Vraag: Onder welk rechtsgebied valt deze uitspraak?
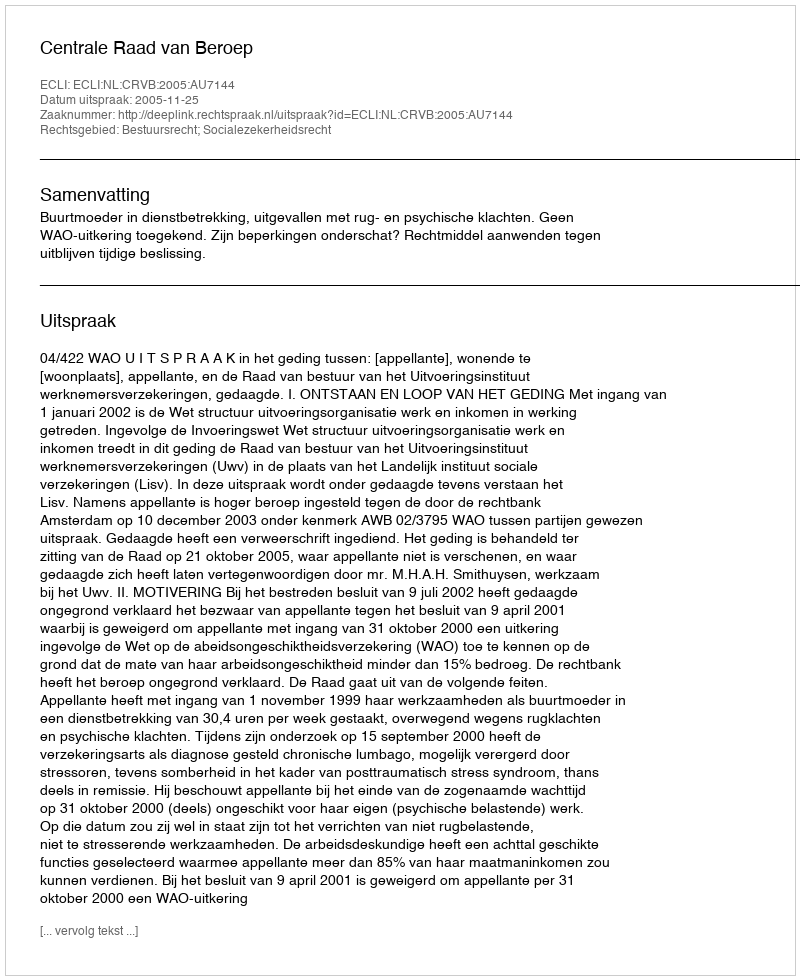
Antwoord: Bestuursrecht; Socialezekerheidsrecht